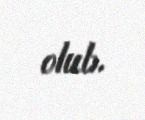
olub.